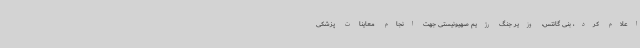
اعلام کرد، بنی گانتس، وزیر جنگ رژیم صهیونیستی جهت انجام معاینات پزشکی